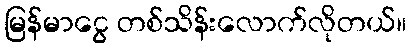
မြန်မာငွေ တစ်သိန်းလောက်လိုတယ်။